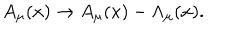
LaTeX: A _ { \mu } ( x ) \rightarrow A _ { \mu } ( x ) - \Lambda _ { \mu } ( x ) .